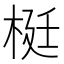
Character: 梃